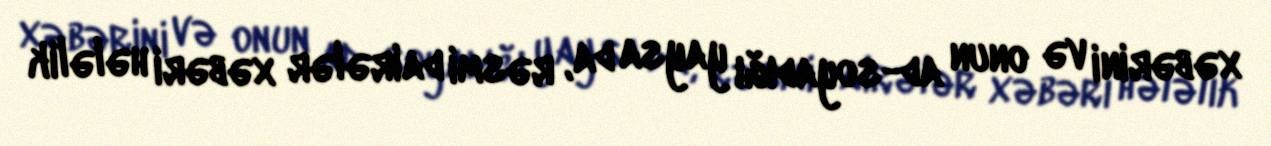
xəbərini və onun ad-soyadığı yaysa da, rəsmi dairələr xəbəri hələlik